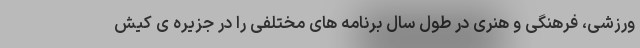
ورزشی، فرهنگی و هنری در طول سال برنامه های مختلفی را در جزیره ی کیش